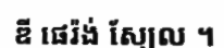
ឌី ផេរ៉ង់ ស្យែល ។